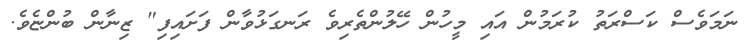
ނަމަވެސް ކަސްރަތު ކުރަމުން އައި މީހުން ހޭލުންތެރިވެ ރަނގަޅުވާން ފަށައިފި" ޒިނާން ބުންޏެވެ.